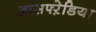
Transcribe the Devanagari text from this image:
आसफ्ऱेडिया